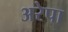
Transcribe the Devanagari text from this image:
अरेपा